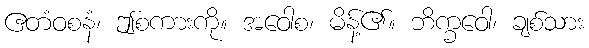
ဧတံဝစနံ၊ ဤစကားကို။ အဝေါစ၊ မိန့်၏။ ဘိက္ခဝေါ၊ ချစ်သား